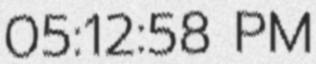
05:12:58 PM